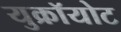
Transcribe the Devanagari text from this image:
युक्रॉयोट